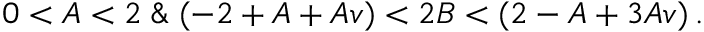
0 < A < 2 \; \& \; ( - 2 + A + A v ) < 2 B < ( 2 - A + 3 A v ) \, .